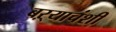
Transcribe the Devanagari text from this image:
बऱ्याचंशी